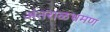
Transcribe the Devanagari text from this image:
अंतराळभ्रमण